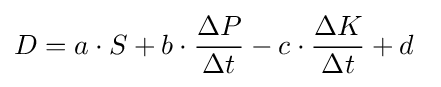
D=a\cdot S+b\cdot {\frac {\Delta P}{\Delta t}}-c\cdot {\frac {\Delta K}{\Delta t}}+d\,\